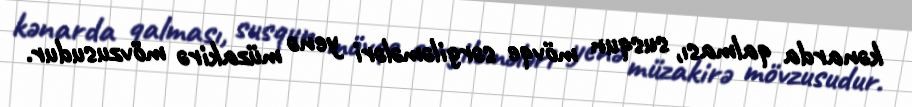
kənarda qalması, susqun mövqe sərgiləmələri yenə müzakirə mövzusudur.